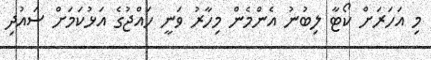
މި އަހަރަށް ކޯޓާ ލިބުނު އެންމެން މިހާރު ވަނީ ހައްޖުގެ އަޅުކަމަށް ސައުދި